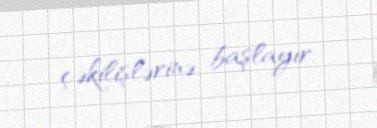
çəkilişlərinə başlayır.